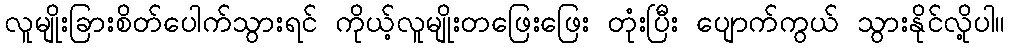
လူမျိုးခြားစိတ်ပေါက်သွားရင် ကိုယ့်လူမျိုးတဖြေးဖြေး တုံးပြီး ပျောက်ကွယ် သွားနိုင်လို့ပါ။